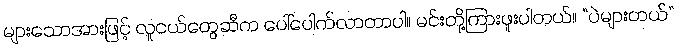
များသောအားဖြင့် လူငယ်တွေဆီက ပေါ်ပေါက်လာတာပါ။ မင်းတို့ကြားဖူးပါတယ်။ “ပဲများတယ်”